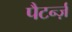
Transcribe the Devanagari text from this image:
पैटर्न्ज़